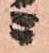
ニ